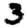
Digit: 3